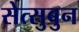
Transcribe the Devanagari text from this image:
सेत्सुबुन